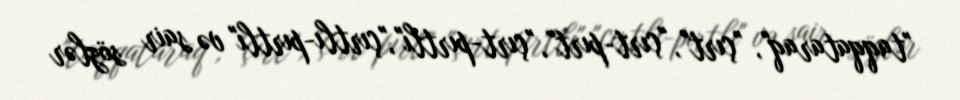
"taqqataraq", "çırt", "çırt-pırt", "çırt-pırtlı","çırtlı-pırtlı" və sair sözlər